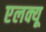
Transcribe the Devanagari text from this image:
एलक्यू